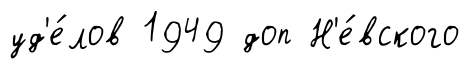
уд'е́лов 1949 доп Н'е́вского